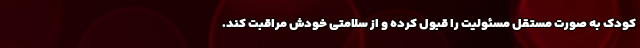
کودک به صورت مستقل مسئولیت را قبول کرده و از سلامتی خودش مراقبت کند.